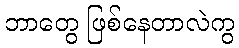
ဘာတွေ ဖြစ်နေတာလဲကွ